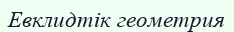
Евклидтік геометрия